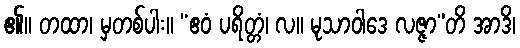
၏။ တထာ၊ မှတစ်ပါး။ “ဧဝံ ပရိတ္တံ၊ လ။ မုသာဝါဒေ လဇ္ဇာ”တိ အာဒိ၊